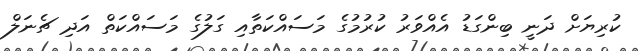
ކުރިޔަށް ދަނީ ބިންގަޑު އެއްވަރު ކުރުމުގެ މަސައްކަތާއިި ގަލުގެ މަސައްކަތް އަދި ޗެނަލް